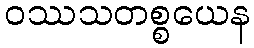
ဝဿသတစ္စယေန